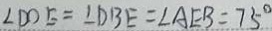
\angle D O E = \angle D B E = \angle A E B = 7 5 ^ { \circ }